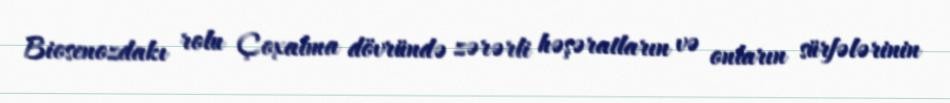
Biosenozdakı rolu Çoxalma dövründə zərərli həşəratların və onların sürfələrinin